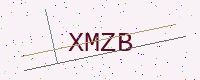
Text: XMZB